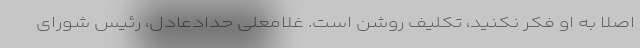
اصلا به او فکر نکنید، تکلیف روشن است. غلامعلی حدادعادل، رئیس شورای